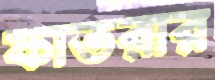
ফাতরার